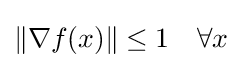
\|\nabla f(x)\|\leq 1\quad \forall x